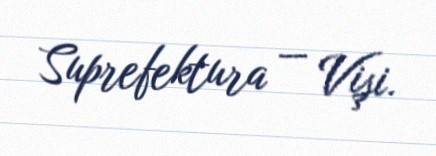
Suprefektura — Vişi.